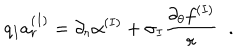
q _ { I } a _ { r } ^ { ( I ) } = \partial _ { r } \alpha ^ { ( I ) } + \sigma _ { I } \frac { \partial _ { \theta } f ^ { ( I ) } } { r } \; \; .